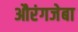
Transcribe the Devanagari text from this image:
औरंगजेबा